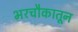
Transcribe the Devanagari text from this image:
भरचौकातून